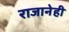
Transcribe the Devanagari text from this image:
राजानेही